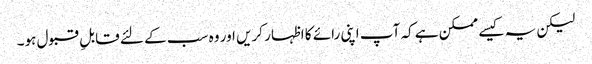
لیکن یہ کیسے ممکن ہے کہ آپ اپنی رائے کا اظہار کریں اور وہ سب کے لئے قابلِ قبول ہو۔